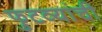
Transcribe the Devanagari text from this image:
फुटव्यांची